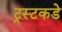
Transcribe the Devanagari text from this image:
ट्रस्टकडे